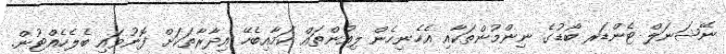
ނޭޝަނަލް ޓެންޑަރ ބޯޑުގެ ނިންމުންތަކާއި އެހެނިހެން ލިއުންތައް ކަމާއިބެހޭ އިދާރާތަކަށް ފޮނުވައި ބެލެހެއްޓުން.